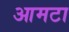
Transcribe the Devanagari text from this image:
आमटा